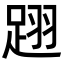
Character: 䟳